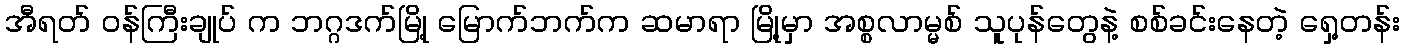
အီရတ် ဝန်ကြီးချုပ် က ဘဂ္ဂဒက်မြို့ မြောက်ဘက်က ဆမာရာ မြို့မှာ အစ္စလာမ္မစ် သူပုန်တွေနဲ့ စစ်ခင်းနေတဲ့ ရှေ့တန်း